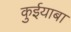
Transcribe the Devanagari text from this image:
कुईयाबा